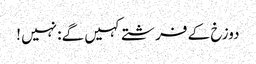
دوزخ کے فرشتے کہیں گے: نہیں !